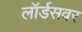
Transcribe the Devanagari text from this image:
लॉर्डसवर